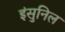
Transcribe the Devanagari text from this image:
इंसुनिल